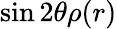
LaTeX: \sin 2\theta\rho(r)